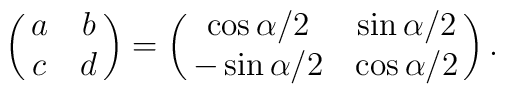
\pmatrix{a&b\cr c&d} =\pmatrix{\cos\alpha/2&\sin\alpha/2\cr-\sin\alpha/2&\cos\alpha/2}.